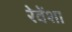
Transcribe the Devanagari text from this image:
रेवेंशा